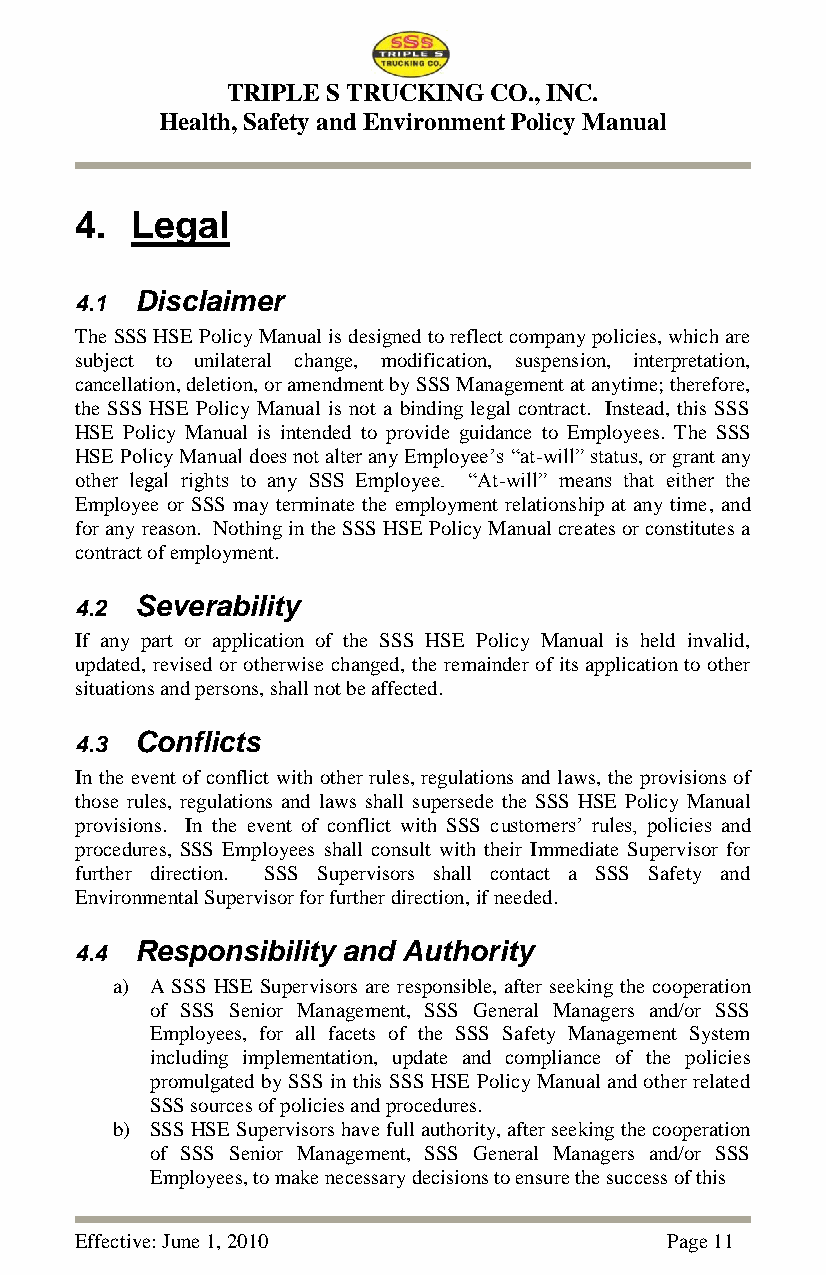
TRIPLE S TRUCKING CO., INC.
 Health, Safety and Environment Policy Manual
 4.  Legal
 4.1 Disclaimer
 The SSS HSE Policy Manual is designed to reflect company policies, which are
 subject to unilateral change, modification, suspension, interpretation,
 cancellation, deletion, or amendment by SSS Management at anytime; therefore,
 the SSS HSE Policy Manual is not a binding legal contract. Instead, this SSS
 HSE Policy Manual is intended to provide guidance to Employees. The SSS
 HSE Policy Manual does not alter any Employee‘s ―at-will‖ status, or grant any
 other legal rights to any SSS Employee. ―At-will‖ means that either the
 Employee or SSS may terminate the employment relationship at any time, and
 for any reason. Nothing in the SSS HSE Policy Manual creates or constitutes a
 contract of employment.
 4.2 Severability
 If any part or application of the SSS HSE Policy Manual is held invalid,
 updated, revised or otherwise changed, the remainder of its application to other
 situations and persons, shall not be affected.
 4.3 Conflicts
 In the event of conflict with other rules, regulations and laws, the provisions of
 those rules, regulations and laws shall supersede the SSS HSE Policy Manual
 provisions. In the event of conflict with SSS customers‘ rules, policies and
 procedures, SSS Employees shall consult with their Immediate Supervisor for
 further direction. SSS Supervisors shall contact a SSS Safety and
 Environmental Supervisor for further direction, if needed.
 4.4 Responsibility and Authority
 a) A SSS HSE Supervisors are responsible, after seeking the cooperation
 of SSS Senior Management, SSS General Managers and/or SSS
 Employees, for all facets of the SSS Safety Management System
 including implementation, update and compliance of the policies
 promulgated by SSS in this SSS HSE Policy Manual and other related
 SSS sources of policies and procedures.
 b) SSS HSE Supervisors have full authority, after seeking the cooperation
 of SSS Senior Management, SSS General Managers and/or SSS
 Employees, to make necessary decisions to ensure the success of this
 Effective: June 1, 2010                Page 11